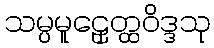
သမ္ပမူဠှေတ္ထဝိဒ္ဒသု